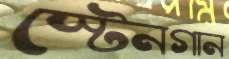
স্টেনগান